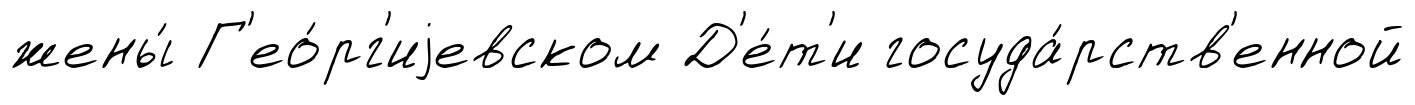
жены́ Г'ео́рг'иjевском Д'е́т'и госуда́рств'енной